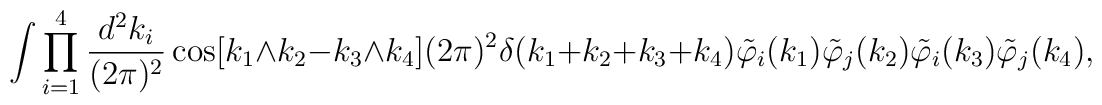
\int\prod_{i=1}^4\frac{d^2k_i}{(2\pi)^2}\cos[k_1\wedge k_2-k_3\wedge k_4](2\pi)^2\delta(k_1+k_2+k_3+k_4)\tilde \varphi_i(k_1)\tilde \varphi_j(k_2)\tilde \varphi_i(k_3)\tilde\varphi_j(k_4),